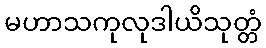
မဟာသကုလုဒါယိသုတ္တံ